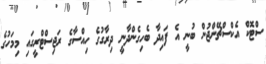
ސްޓޮކް އެކްސްޗޭންޖުން ބުނީ އެ ފައިދާ ބެހިގެންދާނީ ދިރާގުގެ ހިއްސާގެ ރަޖިސްޓްރީގައި މިމަހުގެ